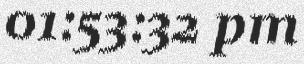
01:53:32 pm